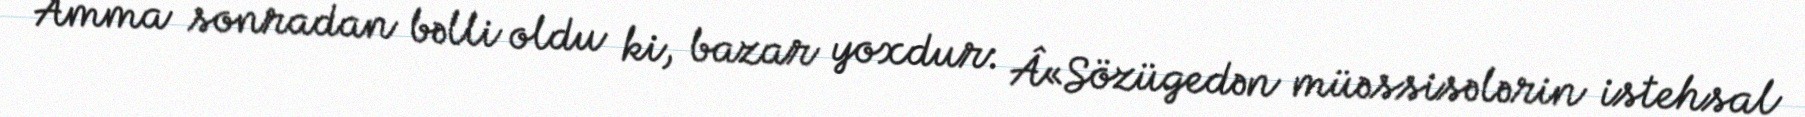
Amma sonradan bəlli oldu ki, bazar yoxdur: Â«Sözügedən müəssisələrin istehsal